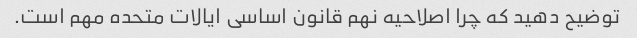
توضیح دهید که چرا اصلاحیه نهم قانون اساسی ایالات متحده مهم است.